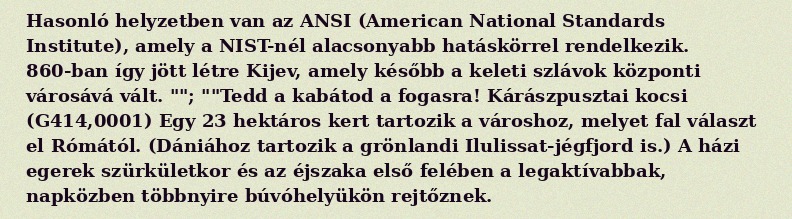
Hasonló helyzetben van az ANSI (American National Standards Institute), amely a NIST-nél alacsonyabb hatáskörrel rendelkezik. 860-ban így jött létre Kijev, amely később a keleti szlávok központi városává vált. ""; ""Tedd a kabátod a fogasra! Kárászpusztai kocsi (G414,0001) Egy 23 hektáros kert tartozik a városhoz, melyet fal választ el Rómától. (Dániához tartozik a grönlandi Ilulissat-jégfjord is.) A házi egerek szürkületkor és az éjszaka első felében a legaktívabbak, napközben többnyire búvóhelyükön rejtőznek.